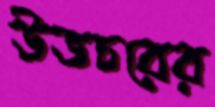
উভচরের